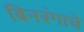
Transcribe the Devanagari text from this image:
बिनरंगाचे